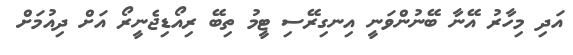
އަދި މިހާރު އޭނާ ބޭނުންވަނީ އިނގިރޭސި ޓީމު ތިބޭ ރިއޯޑިޖެނީރޯ އަށް ދިއުމަށް